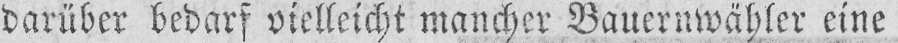
darüber bedarf vielleicht mancher Bauernwähler eine